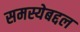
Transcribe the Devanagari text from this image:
समस्येबद्दल